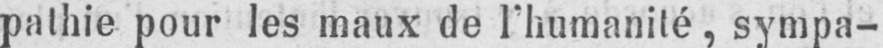
pathie pour les maux de l’humanité, sympa-